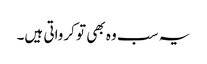
یہ سب وہ بھی تو کرواتی ہیں۔